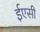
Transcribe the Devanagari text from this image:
ईएसी